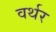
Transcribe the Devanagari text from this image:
वर्थर